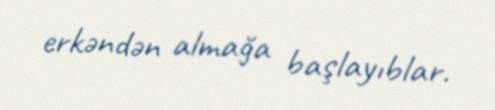
erkəndən almağa başlayıblar.